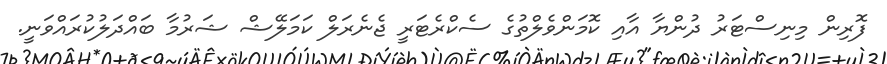
ފޮރިން މިނިސްޓަރު ދުންޔާ އާއި ކޮމަންވެލްތުގެ ސެކްރެޓަރީ ޖެނެރަލް ކަމަލޭޝް ޝަރުމާ ބައްދަލުކުރައްވަނީ.